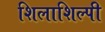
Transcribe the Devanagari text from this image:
शिलाशिल्पी